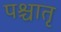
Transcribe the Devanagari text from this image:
पश्चातृ